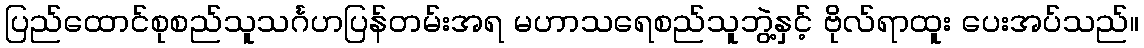
ပြည်ထောင်စုစည်သူသင်္ဂဟပြန်တမ်းအရ မဟာသရေစည်သူဘွဲ့နှင့် ဗိုလ်ရာထူး ပေးအပ်သည်။